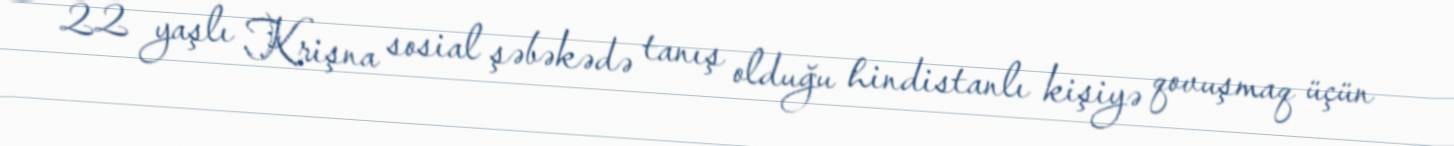
22 yaşlı Krişna sosial şəbəkədə tanış olduğu hindistanlı kişiyə qovuşmaq üçün